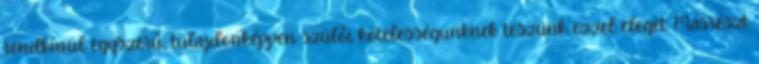
rendkívül egyszerű, tulajdonképpen szülői kötelességünknek teszünk ezzel eleget. Másrészt